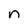
Character: n